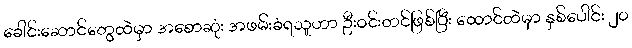
ခေါင်းဆောင်တွေထဲမှာ အစောဆုံး အဖမ်းခံရသူဟာ ဦးဝင်းတင်ဖြစ်ပြီး ထောင်ထဲမှာ နှစ်ပေါင်း ၂၀